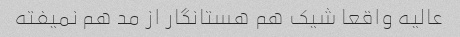
عالیه واقعا شیک هم هستانگار از مد هم نمیفته